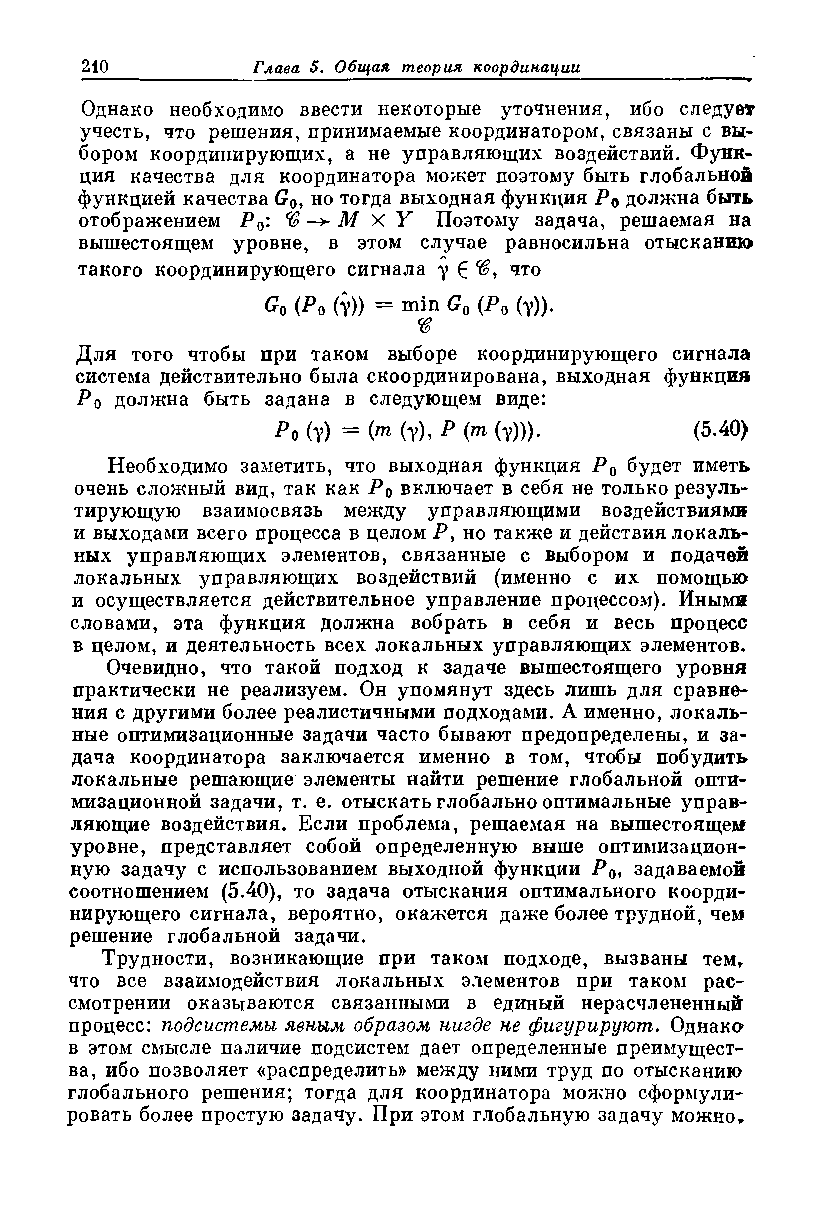
Однако необходимо ввести некоторые уточнения, ибо следует
 учесть, что решения, принимаемые координатором, связаны с вы­
 бором координирующих, а не управляющих воздействий. Функ­
 ция качества для координатора может поэтому быть глобальной
 функцией качества G0, но тогда выходная функция Р0 должна быть
 отображением Р0: % М X У Поэтому задача, решаемая на
 вышестоящем уровне, в этом случае равносильна отысканию
 такого координирующего сигнала у 6 что
 G0 (Ро (Y)) = min Go (Ро (Y))-
 •в
 Для того чтобы при таком выборе координирующего сигнала
 система действительно была скоординирована, выходная функция
 Ро должна быть задана в следующем виде:
 (v) =  (?)> Р (т (у)))-   ( - )
 5 40
 Необходимо заметить, что выходная функция PQ будет иметь
 очень сложный вид, так как Р0 включает в себя не только резуль­
 тирующую взаимосвязь между управляющими воздействиями
 и выходами всего процесса в целом Р, но также и действия локаль­
 ных управляющих элементов, связанные с выбором и подачей
 локальных управляющих воздействий (именно с их помощью
 и осуществляется действительное управление процессом). Иными
 словами, эта функция должна вобрать в себя и весь процесс
 в целом, и деятельность всех локальных управляющих элементов.
 Очевидно, что такой подход к задаче вышестоящего уровня
 практически не реализуем. Он упомянут здесь лишь для сравне­
 ния с другими более реалистичными подходами. А именно, локаль­
 ные оптимизационные задачи часто бывают предопределены, и за­
 дача координатора заключается именно в том, чтобы побудить
 локальные решающие элементы найти решение глобальной опти­
 мизационной задачи, т. е. отыскать глобально оптимальные управ­
 ляющие воздействия. Если проблема, решаемая на вышестоящем
 уровне, представляет собой определенную выше оптимизацион­
 ную задачу с использованием выходной функции Р0, задаваемой
 соотношением (5.40), то задача отыскания оптимального коорди­
 нирующего сигнала, вероятно, окажется даже более трудной, чем
 решение глобальной задачи.
 Трудности, возникающие при таком подходе, вызваны тем,
 что все взаимодействия локальных элементов при таком рас­
 смотрении оказываются связанными в единый нерасчлененный
 процесс: подсистемы явным образом нигде не фигурируют. Однако
 в этом смысле паличие подсистем дает определенные преимущест­
 ва, ибо позволяет «распределить» между ними труд по отысканию
 глобального решения; тогда для координатора можно сформули­
 ровать более простую задачу. При этом глобальную задачу можно,